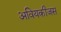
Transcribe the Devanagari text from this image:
अवियकीजस